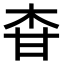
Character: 𤯃